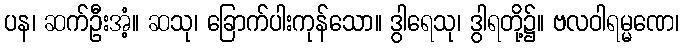
ပန၊ ဆက်ဦးအံ့။ ဆသု၊ ခြောက်ပါးကုန်သော။ ဒွါရေသု၊ ဒွါရတို့၌။ ဗလဝါရမ္မဏေ၊